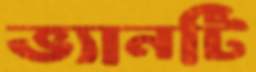
ভ্যানটি